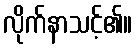
လိုက်နာသင့်၏။